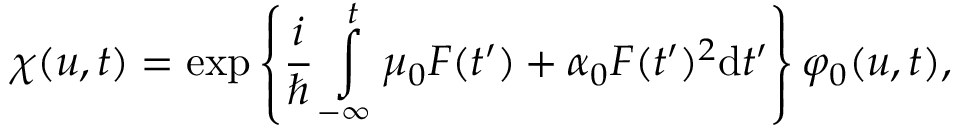
\chi ( u , t ) = \exp \left\{ \frac { i } { \hbar } \intop _ { - \infty } ^ { t } \mu _ { 0 } F ( t ^ { \prime } ) + \alpha _ { 0 } F ( t ^ { \prime } ) ^ { 2 } \mathrm { d } t ^ { \prime } \right\} \varphi _ { 0 } ( u , t ) ,